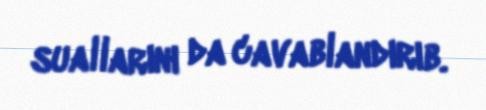
suallarını da cavablandırıb.